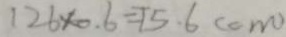
1 2 6 \times 0 . 6 = 1 5 . 6 ( c m )